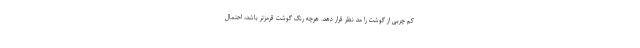
کم چربی از گوشت را مد نظر قرار دهد. هرچه رنگ گوشت قرمزتر باشد، احتمال